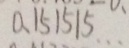
0 . 1 5 1 5 1 5 \cdots